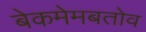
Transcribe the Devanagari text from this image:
बेकमेमबतोव